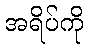
အရိပ်ကို